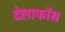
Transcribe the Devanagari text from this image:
देलाफॉस